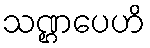
သဏ္ဌပေဟိ